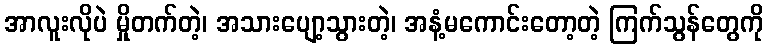
အာလူးလိုပဲ မှိုတက်တဲ့၊ အသားပျော့သွားတဲ့၊ အနံ့မကောင်းတော့တဲ့ ကြက်သွန်တွေကို